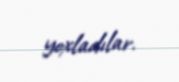
yoxladılar.